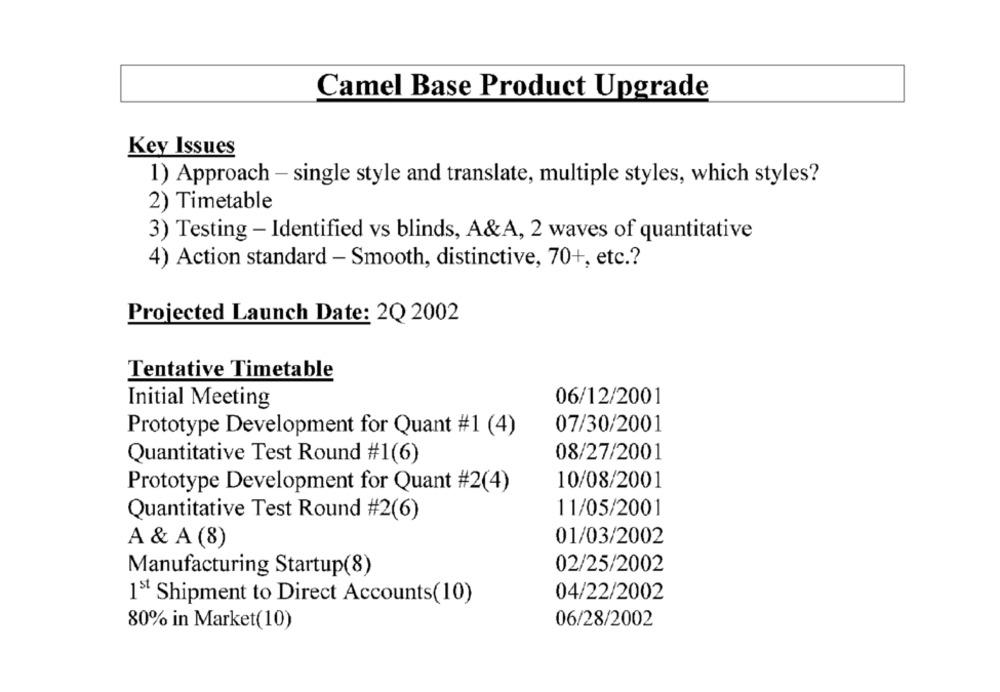
Camel Base Product Upgrade
Key Issues
1) Approach - single style and translate, multiple styles, which styles?
2) Timetable
3) Testing - Identified vs blinds, A&A, 2 waves of quantitative
4) Action standard - Smooth, distinctive, 70+, etc .?
Projected Launch Date: 2Q 2002
Tentative Timetable
06/12/2001
Initial Meeting
07/30/2001
Prototype Development for Quant #1 (4)
08/27/2001
Quantitative Test Round #1(6)
10/08/2001
Prototype Development for Quant #2(4)
11/05/2001
Quantitative Test Round #2(6)
01/03/2002
A & A (8)
02/25/2002
Manufacturing Startup(8)
15 Shipment to Direct Accounts(10)
04/22/2002
06/28/2002
80% in Market(10)